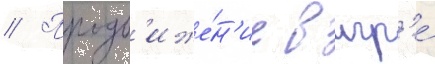
// Продв'иже́н'ие в игр'е́